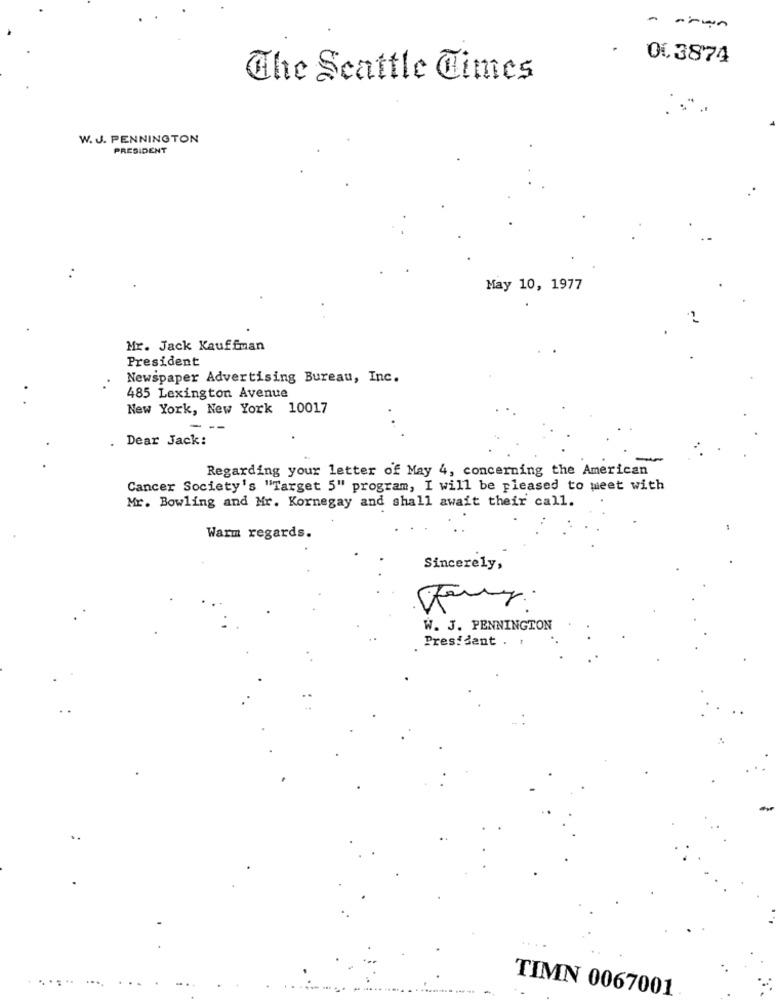
.
013874
The Seattle Times
W. J. PENNINGTON
PRESIDENT
May 10, 1977
Mr. Jack Kauffman
President
Newspaper Advertising Bureau, Inc.
485 Lexington Avenue
New York, New York 10017
--
Dear Jack:
-
Regarding your letter of May 4, concerning the American
Cancer Society's "Target 5" program, I will be pleased to meet with
Mr. Bowling and Mr. Kornegay and shall await their call.
Warm regards.
Sincerely,
W. J. PENNINGTON
President . 1
....
. .
TIMN 0067001